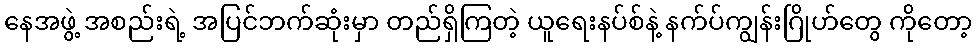
နေအဖွဲ့ အစည်းရဲ့ အပြင်ဘက်ဆုံးမှာ တည်ရှိကြတဲ့ ယူရေးနပ်စ်နဲ့ နက်ပ်ကျွန်းဂြိုဟ်တွေ ကိုတော့